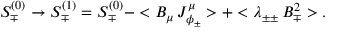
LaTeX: S _ { \mp } ^ { ( 0 ) } \rightarrow S _ { \mp } ^ { ( 1 ) } = S _ { \mp } ^ { ( 0 ) } - < B _ { \mu } \, J _ { \phi _ { \pm } } ^ { \mu } > + < \lambda _ { \pm \pm } \, B _ { \mp } ^ { 2 } > .